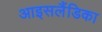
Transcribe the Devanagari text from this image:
आइसलैंडिका